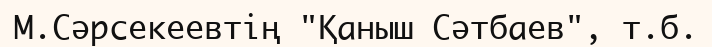
М.Сәрсекеевтің "Қаныш Сәтбаев", т.б.